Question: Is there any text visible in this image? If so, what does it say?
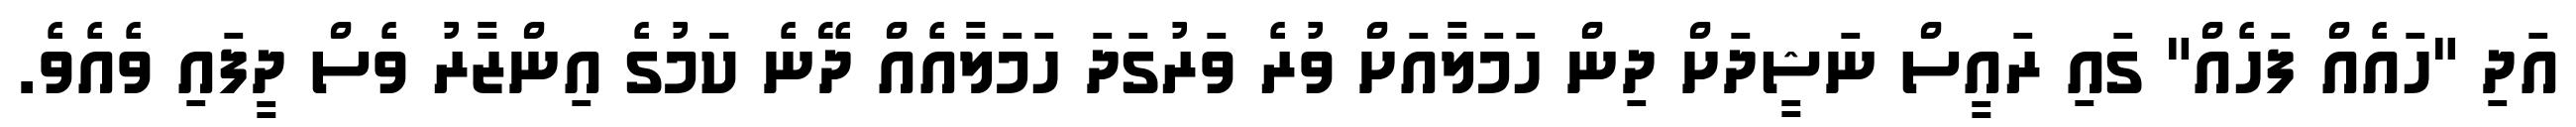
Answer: އަދި "ހައެއް ފަހެއް" ގައި ރައީސް ނަޝީދަށް ދިން ހަމަލާއަށް ވުރެ ވަރުގަދަ ހަމަލާއެއް ދޭނެ ކަަމުގެ އިންޒާރު ވެސް ދީފައި ވެއެވެ.